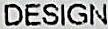
DESIGN